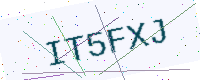
Text: IT5FXJ